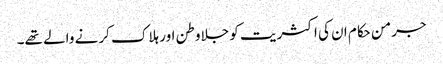
جرمن حکام ان کی اکثریت کو جلاوطن اور ہلاک کرنے والے تھے۔